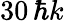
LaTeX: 30\, \hbar k